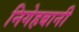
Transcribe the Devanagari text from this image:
निगेहबानी